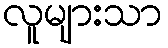
လူများသာ